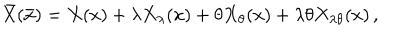
\bar { X } ( \bar { x } ) = X ( x ) + \lambda X _ { \lambda } ( x ) + \theta X _ { \theta } ( x ) + \lambda \theta X _ { \lambda \theta } ( x ) \, ,